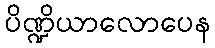
ပိဏ္ဍိယာလောပေန